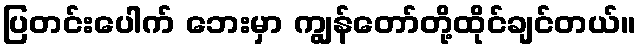
ပြတင်းပေါက် ဘေးမှာ ကျွန်တော်တို့ထိုင်ချင်တယ်။